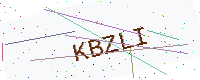
Text: KBZLI